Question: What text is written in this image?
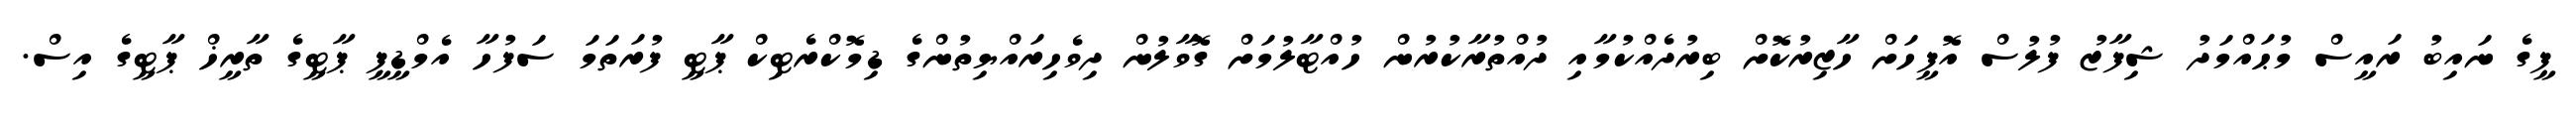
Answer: ޕީގެ ނައިބު ރައީސް މުޙައްމަދު ޝިފާޒު ފުލުސް އޮފީހަށް ހާޒިރުކޮށް ބިރުދެއްކުމާއި ދުއްތުރާކުރުން ހުއްޓާލުމަށް ގޮވާލުން ދިވެހިރައްޔިތުންގެ ޑިމޮކްރެޓިކް ޕާޓީ ފުރަތަމަ ސަފުހާ އެމްޑީޕީ ޕާޓީގެ ތާރީޚް ޕާޓީގެ އިސް.